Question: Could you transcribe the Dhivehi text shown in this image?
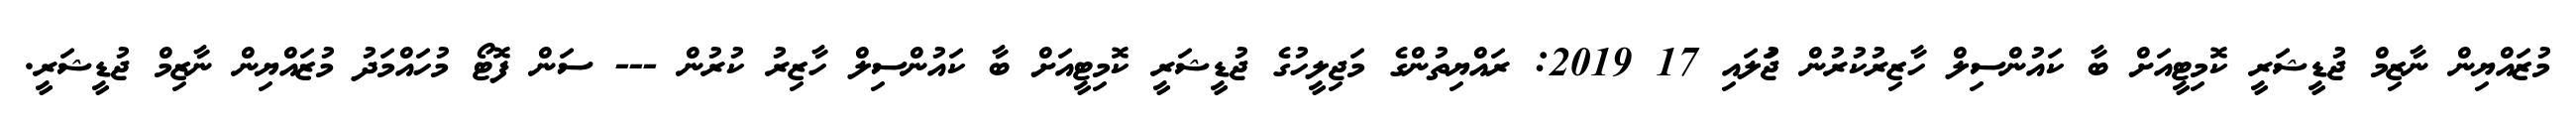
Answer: މުޒައްޔިން ނާޒިމް ޖުޑީޝަރީ ކޮމިޓީއަށް ބާ ކައުންސިލް ހާޒިރުކުރުން ޖުަލައި 17 2019: ރައްޔިތުންގެ މަޖިލީހުގެ ޖުޑީޝަރީ ކޮމިޓީއަށް ބާ ކައުންސިލް ހާޒިރު ކުރުން --- ސަން ފޮޓޯ މުހައްމަދު މުޒައްޔިން ނާޒިމް ޖުޑީޝަރީ.